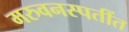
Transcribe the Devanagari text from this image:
मरुवनस्पतींत